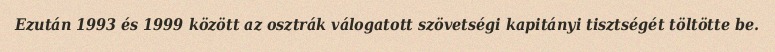
Ezután 1993 és 1999 között az osztrák válogatott szövetségi kapitányi tisztségét töltötte be.